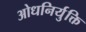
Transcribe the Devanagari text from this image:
ओधनिर्युक्ति